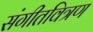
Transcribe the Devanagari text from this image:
संगीतवित्रण